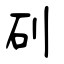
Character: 矵